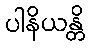
ပါနိယန္တိ